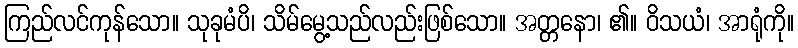
ကြည်လင်ကုန်သော။ သုခုမံပိ၊ သိမ်မွေ့သည်လည်းဖြစ်သော။ အတ္တနော၊ ၏။ ဝိသယံ၊ အာရုံကို။